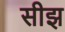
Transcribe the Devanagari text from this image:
सीझ